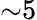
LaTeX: \mathord{\sim}5